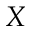
{ \cal X }